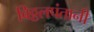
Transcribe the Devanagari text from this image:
विठ्ठलपंतानी